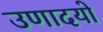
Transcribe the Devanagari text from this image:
उणादयो